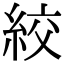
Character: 絞